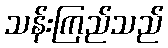
သန်းကြည်သည်